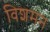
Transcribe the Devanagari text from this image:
विशमन